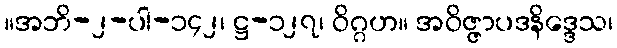
။အဘိ-၂-ပါ-၁၄၂၊ ဋ္ဌ-၁၂၇၊ ဝိဂ္ဂဟ။ အဝိဇ္ဇာပဒနိဒ္ဒေသ၊